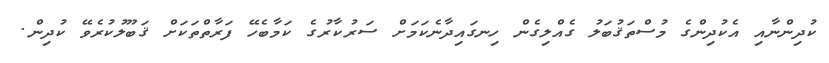
ކުދިންނާއި އެކުދިންގެ މުސްތަޤުބަލު ގެއްލިގެން ހިނގައިދާނެކަމަށް ސަރުކާރުގެ ކަމާބެހޭ ފަރާތްތަކަށް ޤަބޫލުކުރެވޭ ކުދިން.